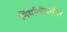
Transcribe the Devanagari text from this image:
निर्यातीमधील